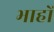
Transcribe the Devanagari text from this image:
भाहों